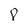
Character: 8